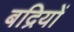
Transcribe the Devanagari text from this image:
बद्रियों